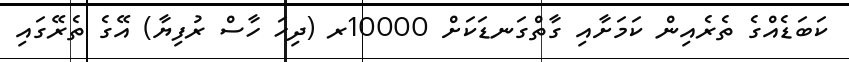
ކަބަޑެއްގެ ތެރެއިން ކަމަށާއި ގާތްގަނޑަކަށް 10000ރ (ދިހަ ހާސް ރުފިޔާ) އޭގެ ތެރޭގައި